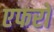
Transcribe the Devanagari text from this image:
एफरो